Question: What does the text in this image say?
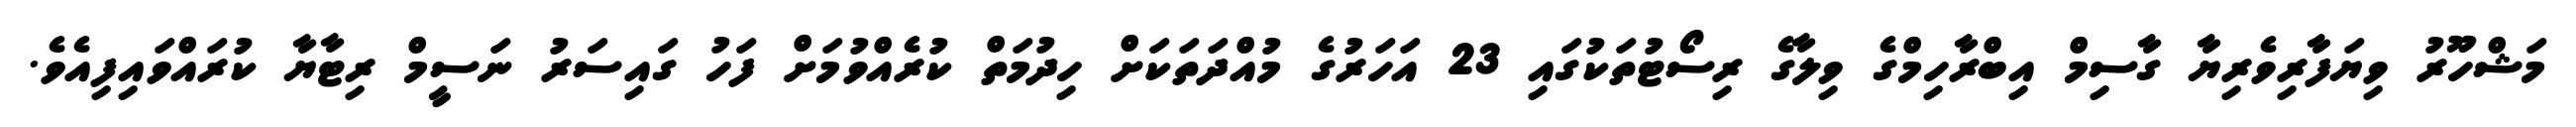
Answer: މަޝްހޫރު ވިޔަފާރިވެރިޔާ ގާސިމް އިބްރާހިމްގެ ވިލާގެ ރިސޯޓުތަކުގައި 23 އަހަރުގެ މުއްދަތަކަށް ހިދުމަތް ކުރެއްވުމަށް ފަހު ގައިސަރު ނަސީމް ރިޓާޔާ ކުރައްވައިފިއެވެ.